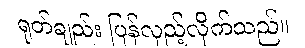
ရုတ်ချည်း ပြန်လှည့်လိုက်သည်။